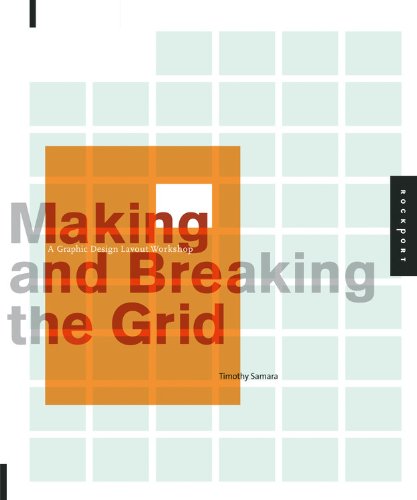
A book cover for Making and Breaking the Grid: A Graphic Design Layout Workshop; Timothy Samara; Arts & Photography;